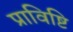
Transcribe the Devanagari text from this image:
प्राविष्टि